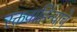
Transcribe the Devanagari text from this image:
रक्तवाहिन्याचे